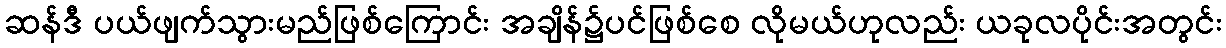
ဆန်ဒီ ပယ်ဖျက်သွားမည်ဖြစ်ကြောင်း အချိန်၌ပင်ဖြစ်စေ လိုမယ်ဟုလည်း ယခုလပိုင်းအတွင်း